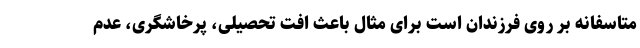
متاسفانه بر روی فرزندان است برای مثال باعث افت تحصیلی، پرخاشگری، عدم